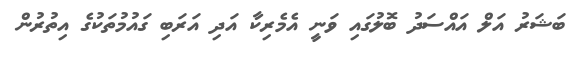
ބަޝަރު އަލް އައްސަދު ބޮލުގައި ވަނީ އެމެރިކާ އަދި އަރަބި ގައުމުތަކުގެ އިތުރުން